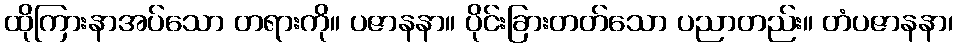
ထိုကြားနာအပ်သော တရားကို။ ပဇာနနာ။ ပိုင်းခြားတတ်သော ပညာတည်း။ တံပဇာနနာ၊